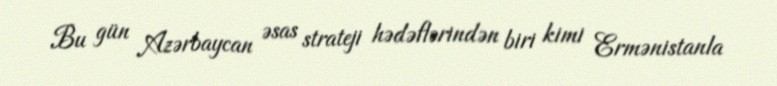
Bu gün Azərbaycan əsas strateji hədəflərindən biri kimi Ermənistanla